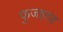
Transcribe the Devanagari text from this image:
फुजइराह